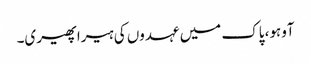
آوہو، پاک میں عہدوں کی ہیرا پھیری۔